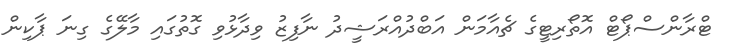
ޓްރާންސްޕޯޓް އޮތޯރިޓީގެ ޗެއާމަން އަބްދުއްރަޝީދު ނާފިޒު ވިދާޅުވި ގޮތުގައި މާލޭގެ ގިނަ ޕާކިން